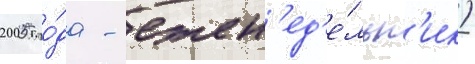
2005 го́да - ежен'ед'е́льн'ик)